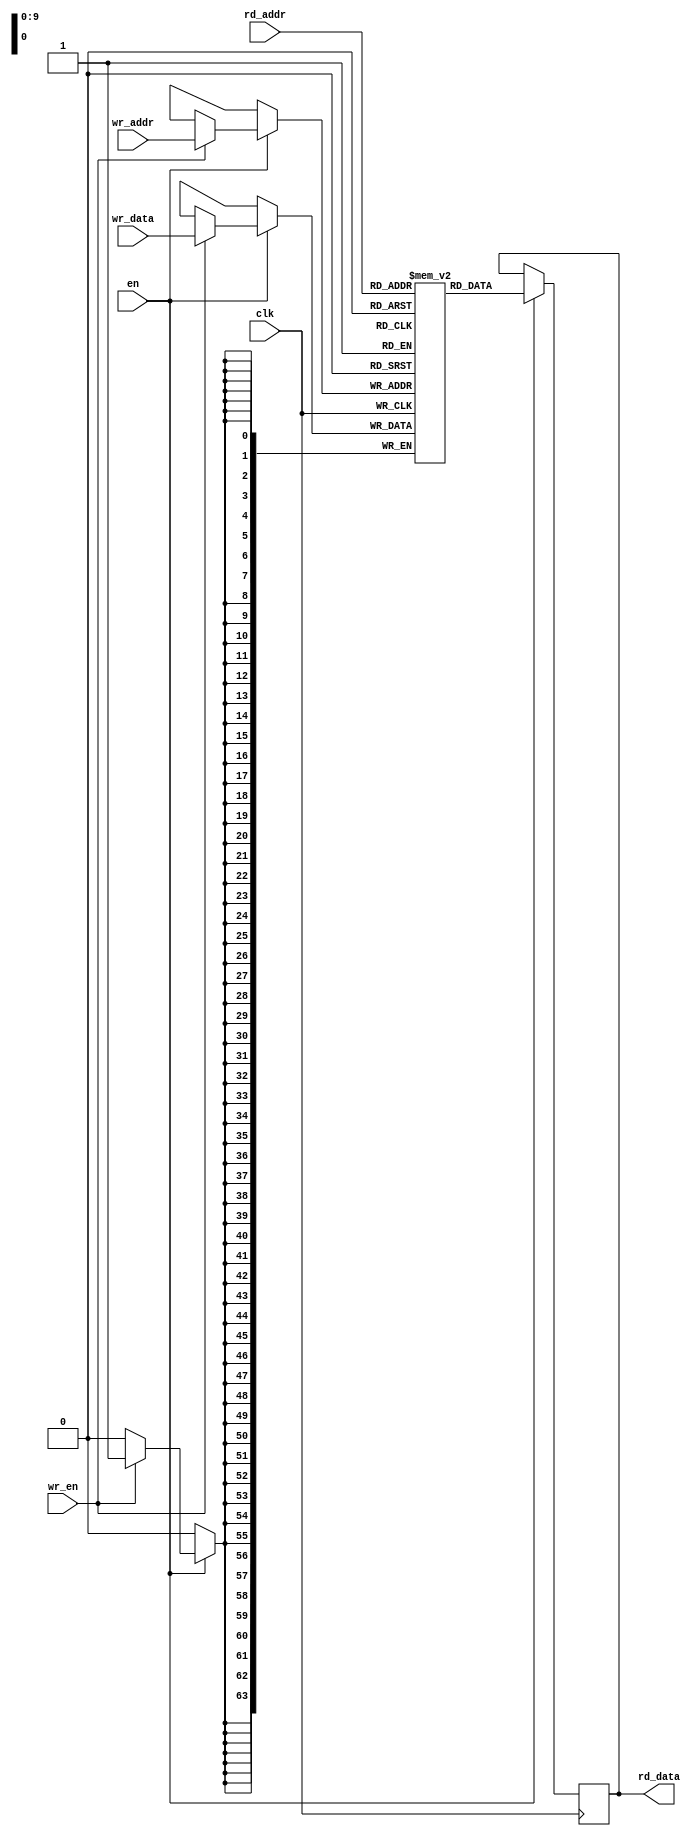
module coderam # (parameter
    ADDR_WIDTH = 10,
    DATA_WIDTH = 64, //TODO: I might try shrinking the opcodes at some point
    localparam DEPTH = 2**ADDR_WIDTH
)(
    input wire clk,
    input wire en, //Clock enable
    input wire [ADDR_WIDTH-1:0] wr_addr,
    input wire [DATA_WIDTH-1:0] wr_data,
    input wire wr_en,
    input wire [ADDR_WIDTH-1:0] rd_addr,
    output reg [DATA_WIDTH-1:0] rd_data
);

reg [DATA_WIDTH-1:0] data[0:DEPTH-1];

//For testing purposes, this preloads the memory with a program
`ifdef PRELOAD_TEST_PROGRAM
`include "bpf_defs.vh"

initial begin
	data[0]  = ({8'h0, `BPF_ABS, `BPF_H, `BPF_LD, 8'h88, 8'h88, 32'd12}); //ldh [12]                         
	data[1]  = ({8'b0, `BPF_JEQ, `BPF_COMP_IMM, `BPF_JMP, 8'd0, 8'd13, 32'h800}); //jeq #0x800 jt 2 jf 15    
	data[2]  = ({8'h0, `BPF_ABS, `BPF_B, `BPF_LD, 8'h88, 8'h88, 32'd23}); //ldb [23]                         
	data[3]  = ({8'h0, `BPF_JEQ, `BPF_COMP_IMM, `BPF_JMP, 8'd0, 8'd11, 32'h0006}); //jeq #0x6 jt 4 jf 15     
	data[4]  = ({8'h0, `BPF_ABS, `BPF_H, `BPF_LD, 8'h0, 8'h0, 32'd20}); //ldh [20]                           
	data[5]  = ({8'h0, `BPF_JSET, `BPF_COMP_IMM, `BPF_JMP, 8'd9, 8'd0, 32'h1FFF}); //jset 0x1FFF jt 15 jf 6  
	data[6]  = ({8'h0, `BPF_MSH, `BPF_B, `BPF_LDX, 8'h0, 8'h0, 32'd14}); //ldxb_msh addr 14                  
	data[7]  = ({8'h0, `BPF_IND, `BPF_H, `BPF_LD, 8'h0, 8'h0, 32'd14}); //ldh ind x+14                       
	data[8]  = ({8'h0, `BPF_JEQ, `BPF_COMP_IMM, `BPF_JMP, 8'd0, 8'd2, 32'h0064}); //jeq 0x64 jt 9 jf 11      
	data[9]  = ({8'h0, `BPF_IND, `BPF_H, `BPF_LD, 8'h0, 8'h0, 32'd16}); //ldh ind x+16                       
	data[10] = ({8'h0, `BPF_JEQ, `BPF_COMP_IMM, `BPF_JMP, 8'd3, 8'd4, 32'h00C8}); //jeq 0xC8 jt 14 jf 15    
	data[11] = ({8'h0, `BPF_JEQ, `BPF_COMP_IMM, `BPF_JMP, 8'd0, 8'd3, 32'h00C8}); //jeq 0xC8 jt 12 jf 15    
	data[12] = ({8'h0, `BPF_IND, `BPF_H, `BPF_LD, 8'h0, 8'h0, 32'd16}); //ldh ind x+16                      
	data[13] = ({8'h0, `BPF_JEQ, `BPF_COMP_IMM, `BPF_JMP, 8'd0, 8'd1, 32'h0064}); //jeq 0x64 jt 14 jf 15    
	data[14] = ({8'h0, 3'b0, `RET_IMM,   `BPF_RET, 8'd0, 8'd0, 32'd65535}); //ret #65535                    
	data[15] = ({8'h0, 3'b0, `RET_IMM,   `BPF_RET, 8'd0, 8'd0, 32'd0}); //ret #0       
end
`endif

always @(posedge clk) begin
    if (en) begin
        if (wr_en) begin
            data[wr_addr] <= wr_data;
        end
        rd_data <= data[rd_addr];
    end
end


endmodule